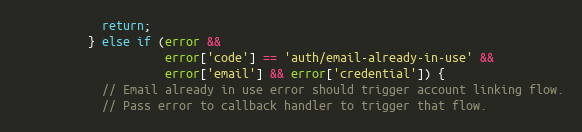
Language: JavaScript
            return;
          } else if (error &&
                     error['code'] == 'auth/email-already-in-use' &&
                     error['email'] && error['credential']) {
            // Email already in use error should trigger account linking flow.
            // Pass error to callback handler to trigger that flow.